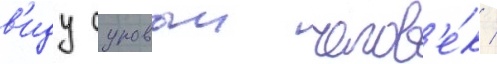
в'иду суровыи челов'е́к /